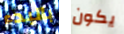
بالبدء يكون